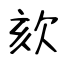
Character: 欬